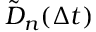
\tilde { D } _ { n } ( \Delta t )